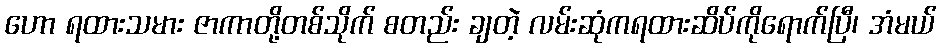
ဟော ရထားသမား ဇာကာတို့တစ်သိုက် စတည်း ချတဲ့ လမ်းဆုံကရထားဆိပ်ကိုရောက်ပြီ၊ အံမယ်